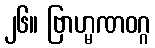
၂၆။ ဗြာဟ္မဏဝဂ္ဂ